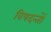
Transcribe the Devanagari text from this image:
विषदन्तों